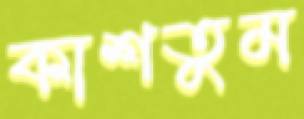
কাশতুম